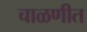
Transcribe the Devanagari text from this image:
चाळणीत